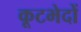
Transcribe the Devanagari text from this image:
कूटभेदों